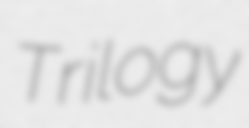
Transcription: Trilogy